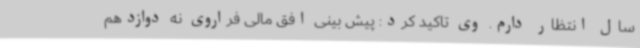
سال انتظار دارم. وی تاکید کرد: پیش بینی افق مالی فراروی نه دوازدهم